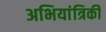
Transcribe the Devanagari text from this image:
अभियांत्रिकी